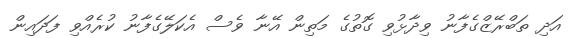
އަދި ތަބްރޭޒްގެފާނު ވިދާޅުވި ގޮތުގެ މަތިން އޭނާ ވެސް އެކަލޭގެފާނު ކުރެއްވި ފަދައިން